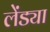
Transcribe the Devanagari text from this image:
लेंड्या